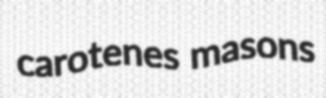
carotenes masons